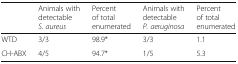
|  | Animals with detectable S. aureus | Percent of total enumerated | Animals with detectable P. aeruginosa | Percent of total enumerated |
 | --- | --- | --- | --- | --- |
 | WTD | 3/3 | 98.9* | 3/3 | 1.1 |
 | CH-ABX | 4/5 | 94.7* | 1/5 | 5.3 |